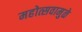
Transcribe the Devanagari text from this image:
महोत्सवामुळे